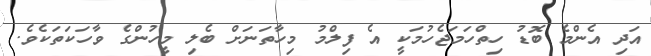
އަދި އެންމެ ބޮޑު ހިތްހަމަޖެހުމަކީ އެ ފިލްމު މިހާތަނަށް ބެލި މީހުންގެ ވާހަކަތަކެވެ.